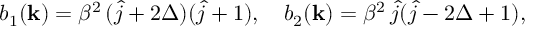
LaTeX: b _ { 1 } ( { \bf k } ) = \beta ^ { 2 } \, ( \hat { j } + 2 \Delta ) ( \hat { j } + 1 ) , \quad b _ { 2 } ( { \bf k } ) = \beta ^ { 2 } \, \hat { j } ( \hat { j } - 2 \Delta + 1 ) ,